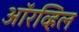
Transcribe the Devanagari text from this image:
ऑरव्हिल